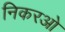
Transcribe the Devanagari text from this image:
निकरओ